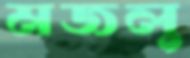
মজলু